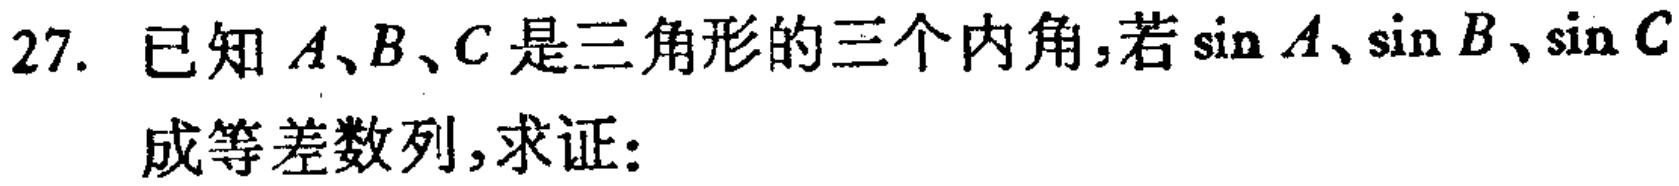
已知\(A、B、C\)是三角形的三个内角,若\(\sin A、\sin B、\sin C\)成等差数列,求证: